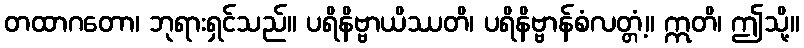
တထာဂတော၊ ဘုရားရှင်သည်။ ပရိနိဗ္ဗာယိဿတိ၊ ပရိနိဗ္ဗာန်စံလတ္တံ့။ ဣတိ၊ ဤသို့။